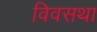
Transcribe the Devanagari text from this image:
विवसथा